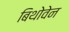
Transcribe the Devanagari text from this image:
बिथोवेन